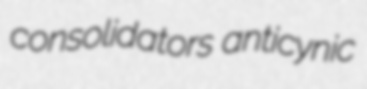
consolidators anticynic